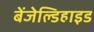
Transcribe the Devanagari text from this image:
बेंजेल्डिहाइड